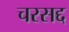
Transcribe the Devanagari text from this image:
चरसद्द